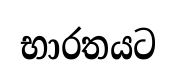
භාරතයට